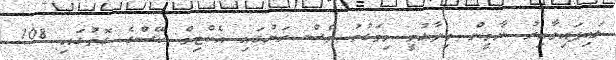
ލައިފައިވާއިރު ޔާމީން ވިދާޅުވީ މިވަގުތު ވެސް ރަށުގައި އެކްޓިވް ކޭސްގެ ގޮތުގައި 108